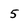
Character: 5